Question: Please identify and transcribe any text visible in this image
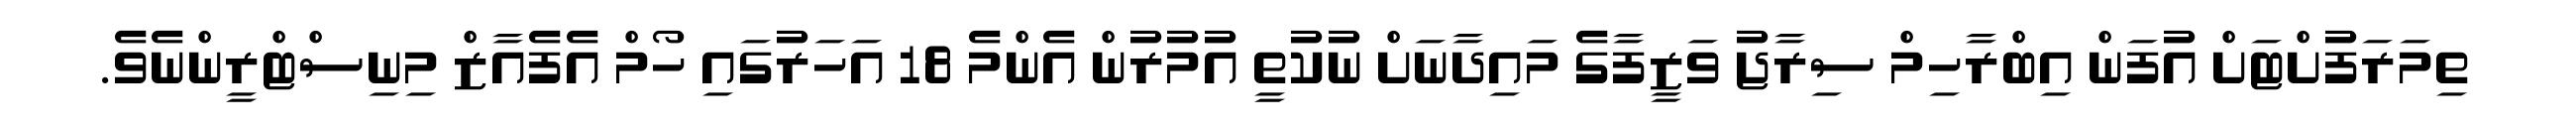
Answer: ތިމަރަފުށްޓަށް އުފަން އިބްރާހިމް ސިރާޖު ވަޒީފާގެ މައިދާނަށް ނުކުތީ އުމުރުން އެންމެ 18 އަހަރުގައި ހޯމް އެފެއާޒް މިނިސްޓްރީންނެވެ.